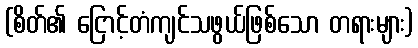
(စိတ်၏ ငြောင့်တံကျင်သဖွယ်ဖြစ်သော တရားများ)